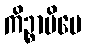
ကိဉ္စာပိပေ